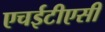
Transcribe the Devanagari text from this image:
एचईटीएसी